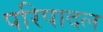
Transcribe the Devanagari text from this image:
परिपादल